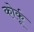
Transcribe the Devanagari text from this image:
कोर्कू